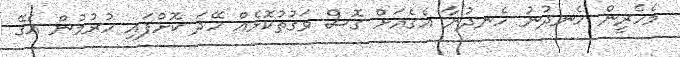
މެހެރީން ހެނދުނު ހެނދުނާ އެގެއަށް ގޮސް ވަގުތުކޮޅެއް ހޭދަ ކޮށްފައި ހުރުމުން އެގޭ